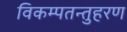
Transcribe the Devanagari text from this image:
विकम्पतन्तुहरण